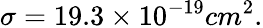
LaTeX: \sigma=19.3\times 10^{-19}cm^{2}.